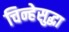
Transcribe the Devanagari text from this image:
चिन्हेसुद्धा